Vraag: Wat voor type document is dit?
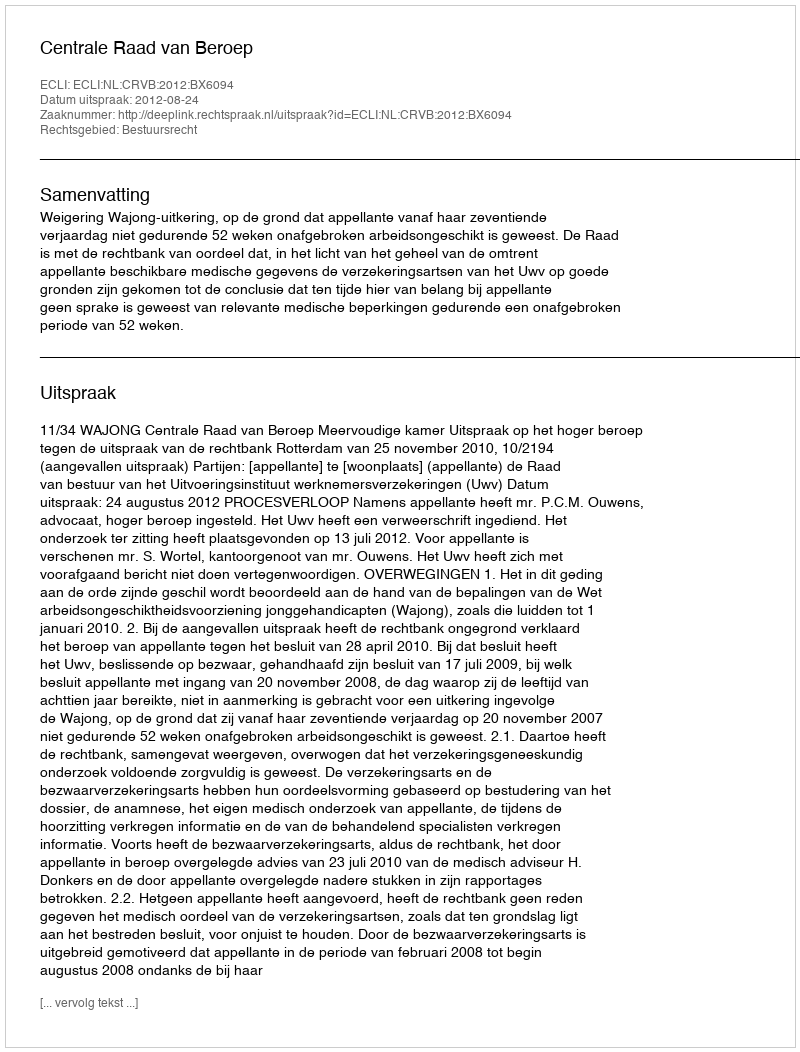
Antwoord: Uitspraak